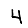
Digit: 4